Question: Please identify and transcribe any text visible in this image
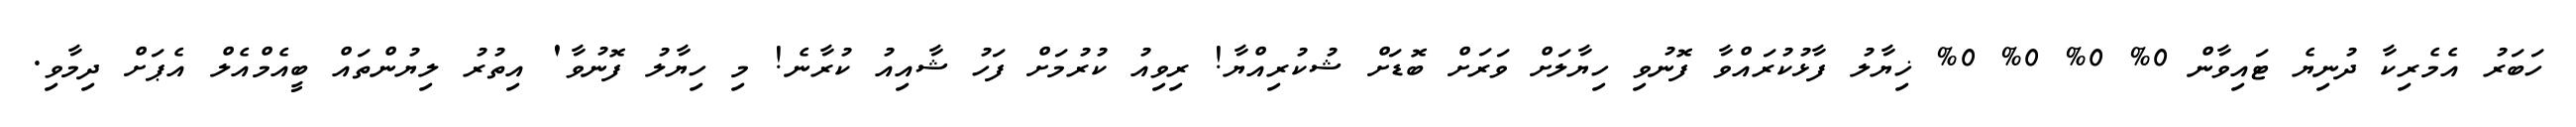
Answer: ހަބަރު އެމެރިކާ ދުނިޔެ ޓައިވާން 0% 0% 0% 0% ޚިޔާލު ފާޅުކުރައްވާ ފޮނުވި ހިޔާލަށް ވަރަށް ބޮޑަށް ޝުކުރިއްޔާ! ރިވިއު ކުރުމަށް ފަހު ޝާއިއު ކުރާނެ! މި ހިޔާލު ފޮނުވާ' އިތުރު ލިޔުންތައް ބީއެމްއެލް އެޕަށް ދިމާވި.